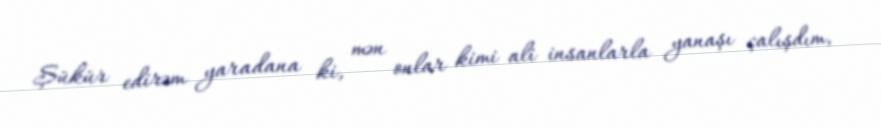
Şükür edirəm yaradana ki, mən onlar kimi ali insanlarla yanaşı çalışdım,